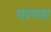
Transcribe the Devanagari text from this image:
गरगरा